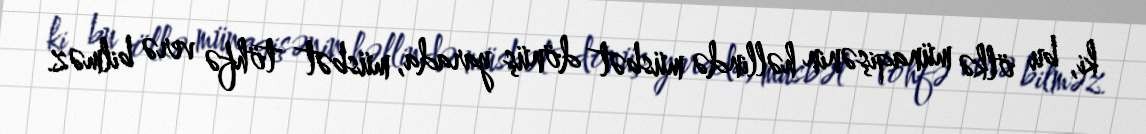
ki, bu ölkə münaqişənin həllində müsbət dönüş yarada, müsbət töhfə verə bilməz.